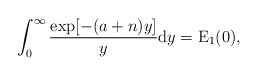
\begin{align*}\int_0^\infty\frac{\exp[-(a+n)y]}{y}\mathrm{d}y=\operatorname{E}_1(0),\end{align*}